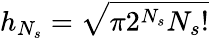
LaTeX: h_{N_{s}}=\sqrt{\pi 2^{N_{s}}{N_{s}}!}